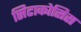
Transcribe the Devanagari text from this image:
सिटाकोसिस